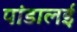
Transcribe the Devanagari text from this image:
पांडालई